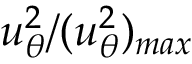
u _ { \theta } ^ { 2 } / ( u _ { \theta } ^ { 2 } ) _ { m a x }